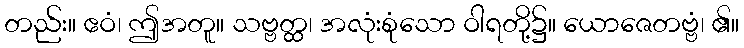
တည်း။ ဧဝံ၊ ဤအတူ။ သဗ္ဗတ္ထ၊ အလုံးစုံသော ဝါရတို့၌။ ယောဇေတဗ္ဗံ၊ ၏။